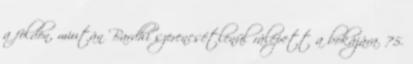
a földön, miután Bardhi szerencsétlenül rálépett a bokájára. 75.